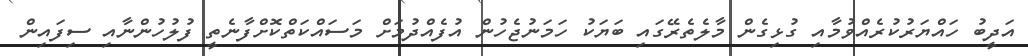
އަދީބު ހައްޔަރުކުރެއްވުމާއި ގުޅިގެން މާލެތެރޭގައި ބަޔަކު ހަމަނުޖެހުން އުފެއްދުމަށް މަސައްކަތްކޮށްފާނެތީ ފުލުހުންނާއި ސިފައިން